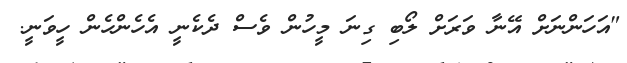
"އަހަންނަށް އޭނާ ވަރަށް ލޯބި ގިނަ މީހުން ވެސް ދެކެނީ އެހެންހެން ހީވަނީ.